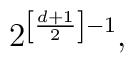
2^{\left[ \frac {d+1}{2} \right]-1},